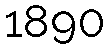
1890